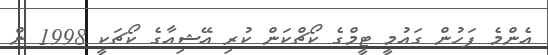
އެންމެ ފަހުން ގައުމީ ޓީމްގެ ކޯޗްކަން ކުރި އޭޝިއާގެ ކޯޗަކީ 1998 ން